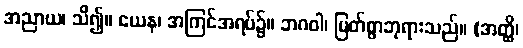
အညာယ၊ သိ၍။ ယေန၊ အကြင်အရပ်၌။ ဘဂဝါ၊ မြတ်စွာဘုရားသည်။ (အတ္ထိ၊